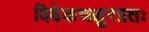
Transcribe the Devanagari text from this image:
विवेकचक्षुरग्रतः